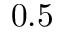
0 . 5